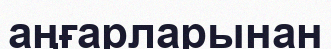
аңғарларынан